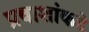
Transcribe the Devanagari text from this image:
प्रवाशांकडे